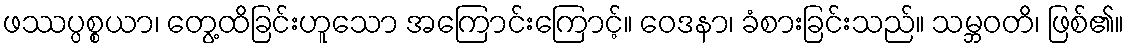
ဖဿပ္ပစ္စယာ၊ တွေ့ထိခြင်းဟူသော အကြောင်းကြောင့်။ ဝေဒနာ၊ ခံစားခြင်းသည်။ သမ္ဘဝတိ၊ ဖြစ်၏။